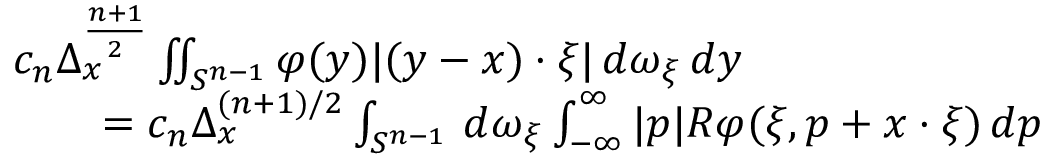
{ \begin{array} { r l } & { c _ { n } \Delta _ { x } ^ { \frac { n + 1 } { 2 } } \iint _ { S ^ { n - 1 } } \varphi ( y ) | ( y - x ) \cdot \xi | \, d \omega _ { \xi } \, d y } \\ & { \qquad = c _ { n } \Delta _ { x } ^ { ( n + 1 ) / 2 } \int _ { S ^ { n - 1 } } \, d \omega _ { \xi } \int _ { - \infty } ^ { \infty } | p | R \varphi ( \xi , p + x \cdot \xi ) \, d p } \end{array} }